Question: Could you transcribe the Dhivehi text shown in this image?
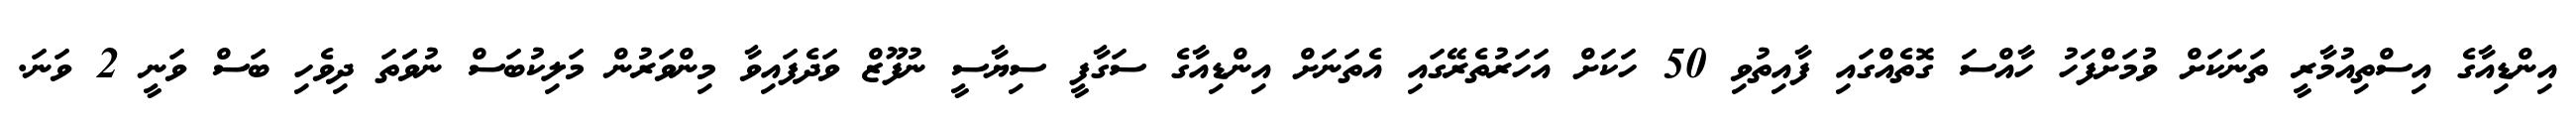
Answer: އިންޑިއާގެ އިސްތިއުމާރީ ތަނަކަށް ވުމަށްފަހު ހާއްސަ ގޮތެއްގައި ފާއިތުވި 50 ހަކަށް އަހަރުތެރޭގައި އެތަނަށް އިންޑިއާގެ ސަގާފީ ސިޔާސީ ނުފޫޒް ވަދެފައިވާ މިންވަރުން މަލިކުބަސް ނުވަަތަ ދިވެހި ބަސް ވަނީ 2 ވަނަ.